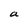
Character: a